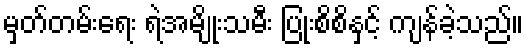
မှတ်တမ်းရေး ရဲအမျိုးသမီး ပြုံးစိစိနှင့် ကျန်ခဲ့သည်။